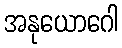
အနုယောဂေါ